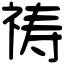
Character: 祷